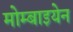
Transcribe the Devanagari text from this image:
मोम्बाइयेन